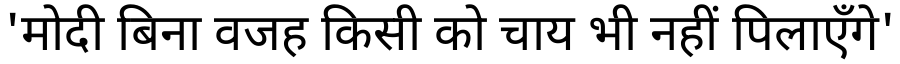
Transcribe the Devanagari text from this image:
'मोदी बिना वजह किसी को चाय भी नहीं पिलाएँगे'